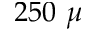
2 5 0 ~ \mu